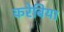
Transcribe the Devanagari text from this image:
करेबिया